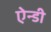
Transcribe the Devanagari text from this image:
ऐन्डी